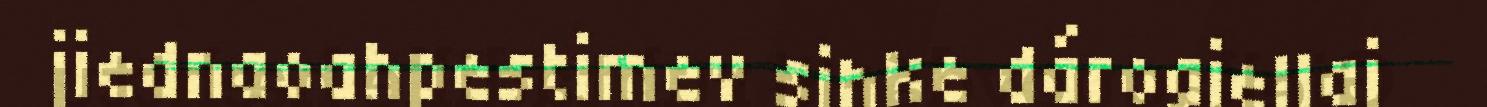
jiednaoahpestimev sihke dárogiellaj